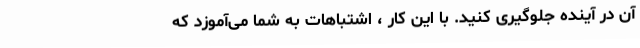
آن در آینده جلوگیری کنید. با این کار ، اشتباهات به شما می‌آموزد که